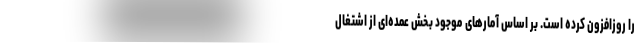
را روزافزون کرده است. بر اساس آمارهای موجود بخش عمده‌ای از اشتغال